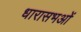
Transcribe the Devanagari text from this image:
धारासभओं